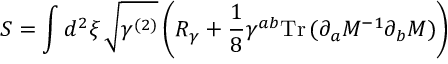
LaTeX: S = \int d ^ { 2 } \xi \, \sqrt { \gamma ^ { ( 2 ) } } \left( R _ { \gamma } + { \frac { 1 } { 8 } } \gamma ^ { a b } \mathrm { T r } \, ( \partial _ { a } M ^ { - 1 } \partial _ { b } M ) \right)